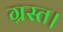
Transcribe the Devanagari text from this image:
ग्रस्त।